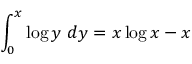
\int _ { 0 } ^ { x } \log y \ d y = x \log x - x